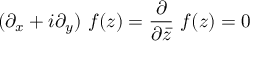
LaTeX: ( \partial _ { x } + i \partial _ { y } ) ~ f ( z ) = \frac { \partial } { \partial \bar { z } } ~ f ( z ) = 0